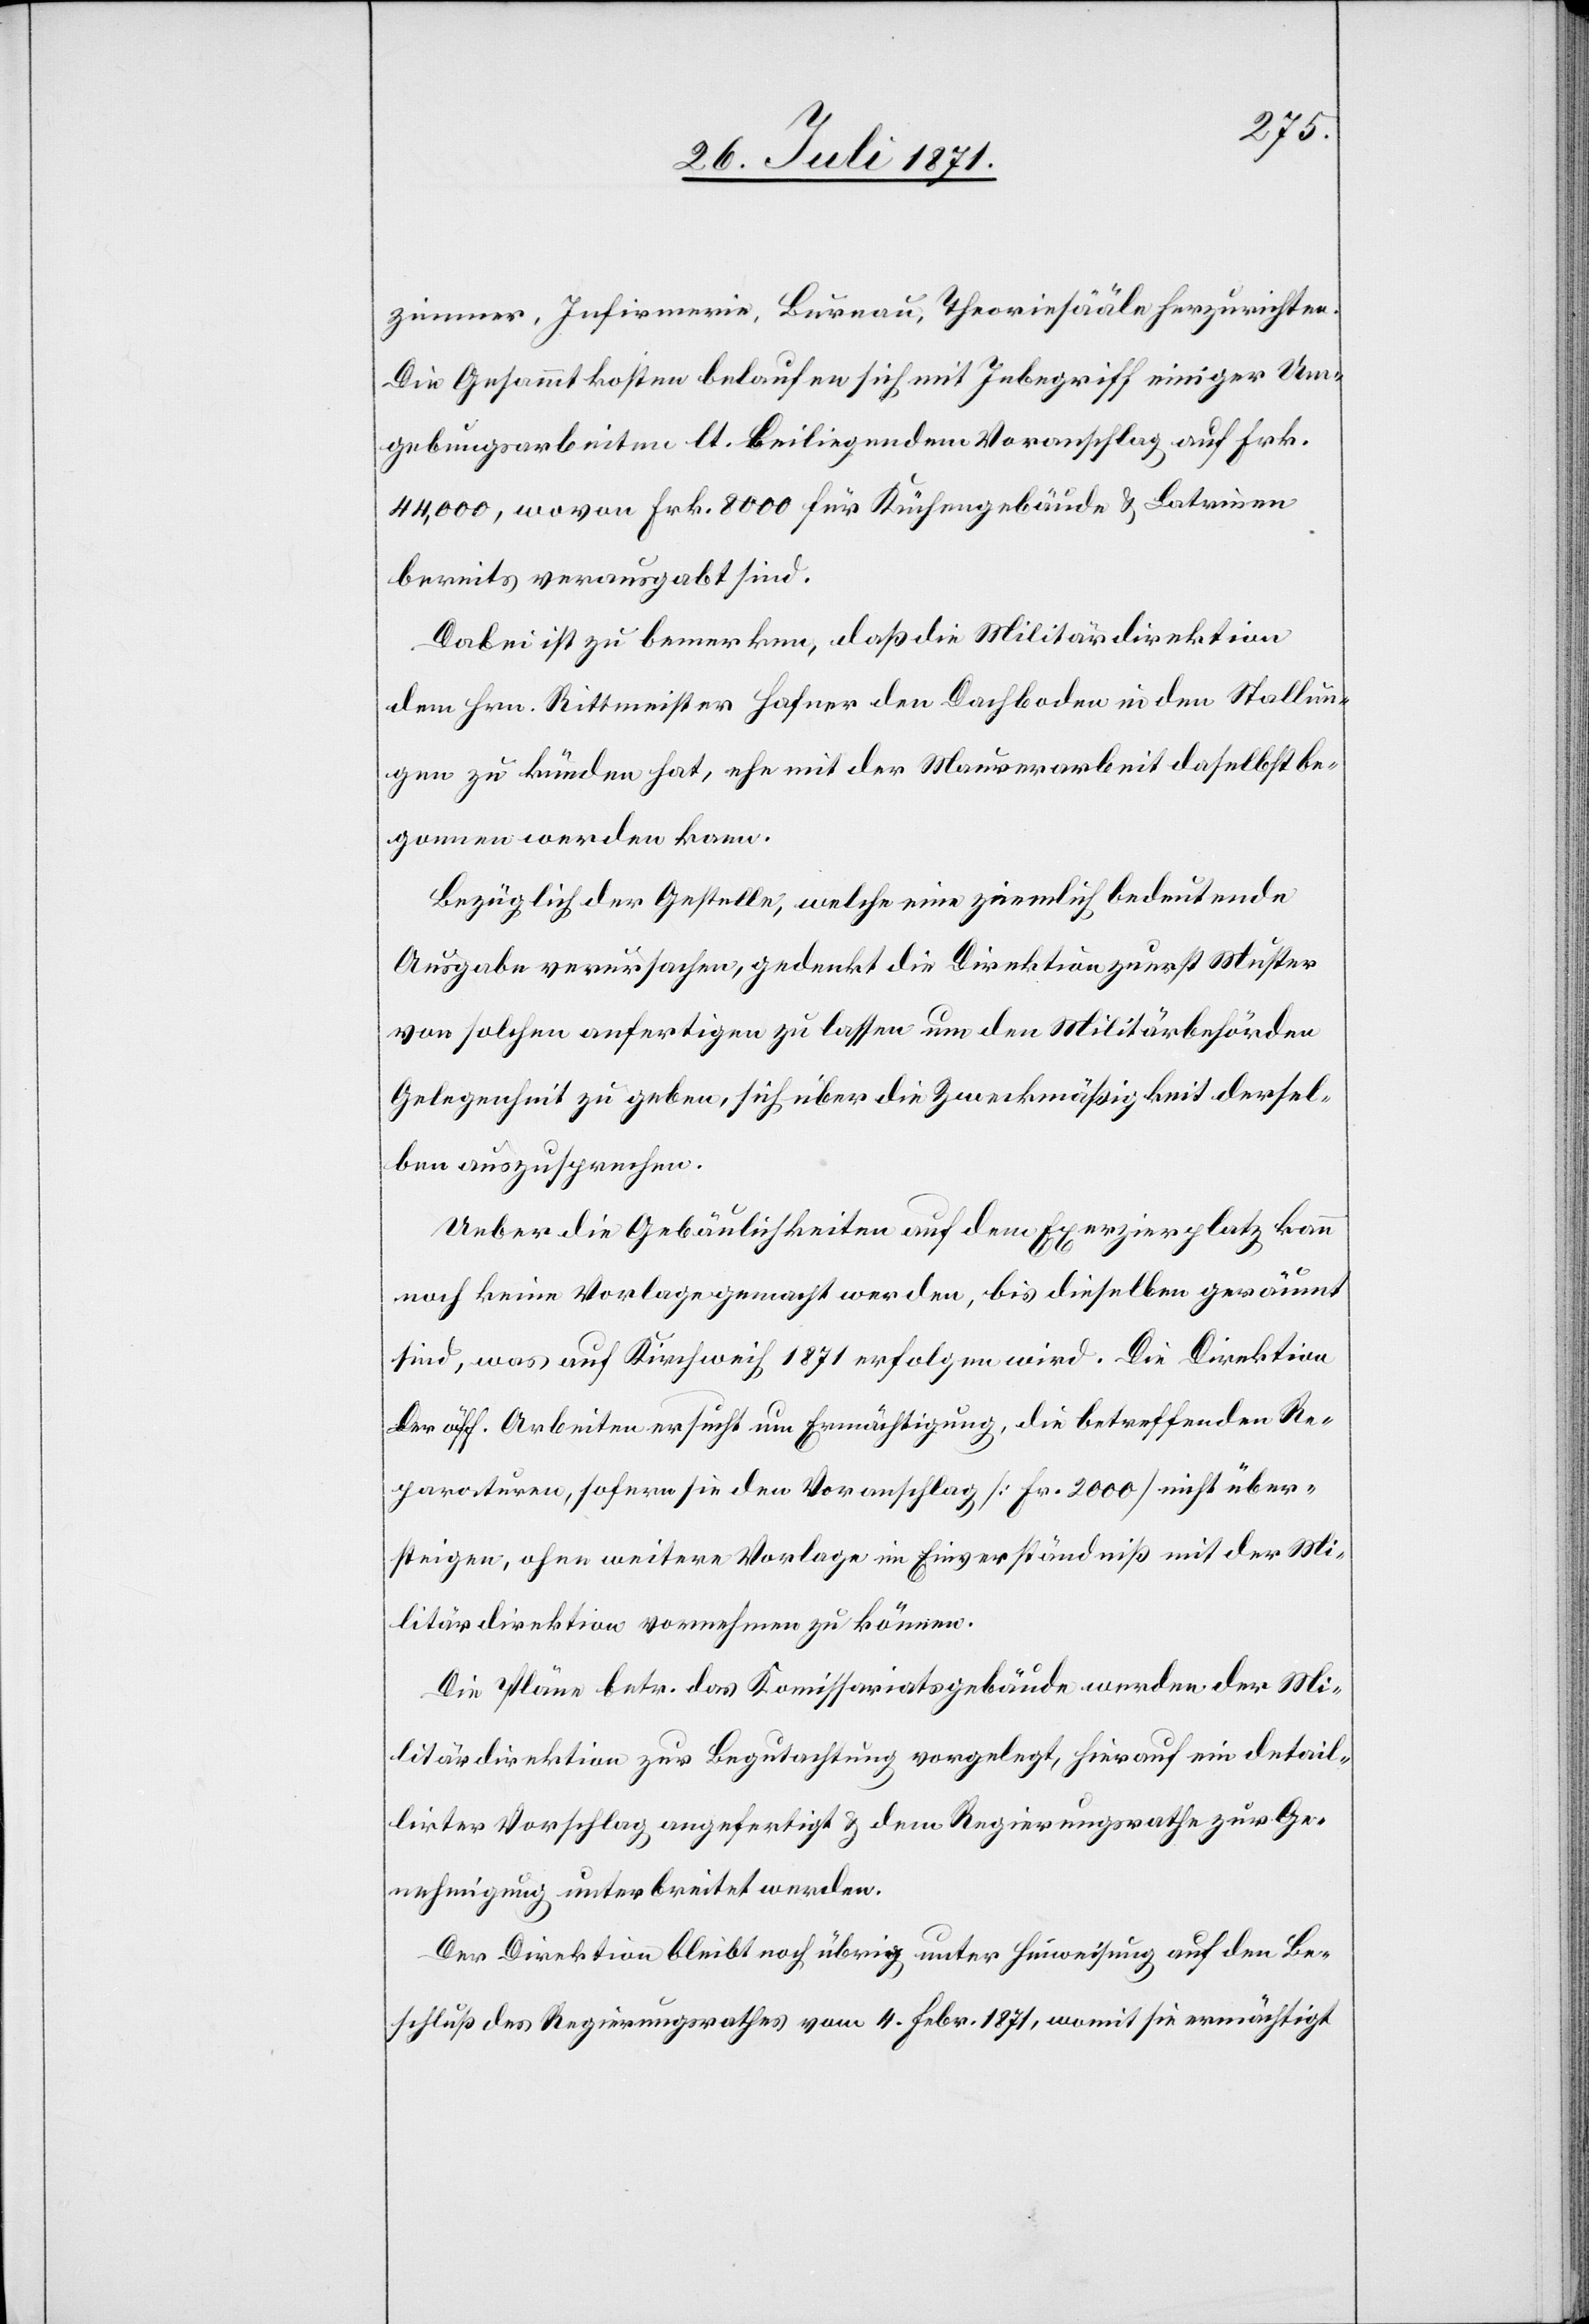
zimmer, Infirmerie, Bureau, Theoriesääle herzurichten.
Die Gesamtkosten belaufen sich mit Inbegriff einiger Um¬
gebungsarbeiten lt. beiliegendem Voranschlag auf Frk.
44,000, wovon Frk. 8000 für Küchengebäude u. Latrinen
bereits verausgabt sind.
Dabei ist zu bemerken, daß die Militärdirektion
dem Hrn. Rittmeister Hafner den Dachboden in den Stallun¬
gen zu künden hat, ehe mit der Maurerarbeit daselbst be¬
gonnen werden kann.
Bezüglich der Gestelle, welche eine ziemlich bedeutende
Ausgabe verursachen, gedenkt die Direktion zuerst Muster
von solchen anfertigen zu lassen um den Militärbehörden
Gelegenheit zu geben, sich über die Zweckmäßigkeit dersel¬
ben auszusprechen.
Ueber die Gebäulichkeiten auf dem Exerzierplatz kann
noch keine Vorlage gemacht werden, bis dieselben geräumt
sind, was auf Kirchweih 1871 erfolgen wird. Die Direktion
der öff. Arbeiten ersucht um Ermächtigung, die betreffenden Re¬
paraturen, sofern sie den Voranschlag [Fr. 2000] nicht über¬
steigen, ohne weitere Vorlage im Einverständniß mit der Mi¬
litärdirektion vornehmen zu können.
Die Pläne betr. das Komissariatsgebäude werden der Mi¬
litärdirektion zur Begutachtung vorgelegt, hierauf ein detail¬
lirter Vorschlag angefertigt u. dem Regierungsrathe zur Ge¬
nehmigung unterbreitet werden.
Der Direktion bleibt noch übrig unter Hinweisung auf den Be¬
schluß des Regierungsrathes vom 4. Febr. 1871, womit sie ermächtigt